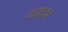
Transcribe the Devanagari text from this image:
वातध्न